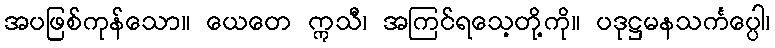
အပဖြစ်ကုန်သော။ ယေတေ ဣသီ၊ အကြင်ရသေ့တို့ကို။ ပဒုဋ္ဌမနသင်္ကပ္ပေါ၊